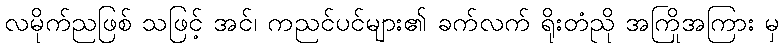
လမိုက်ညဖြစ် သဖြင့် အင်၊ ကညင်ပင်များ၏ ခက်လက် ရိုးတံညို အကြိုအကြား မှ